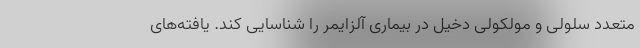
متعدد سلولی و مولکولی دخیل در بیماری آلزایمر را شناسایی کند. یافته‌های